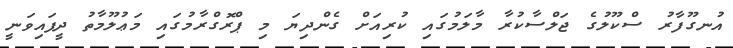
އުނގޫފާރު ސްކޫލުގެ ޖަލްސާކުރާ މާލަމުގައި ކުރިއަށް ގެންދިޔަ މި ޕްރޮގްރާމުގައި މަޢުލޫމާތު ދީފައިވަނީ